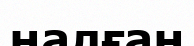
налған